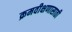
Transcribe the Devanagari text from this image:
क्रमवीक्षणासाठी